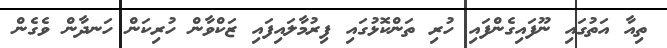
ތިއާ އަތުގައި ނޫފައިގެންފައި ހުރި ތަންކޮޅުގައި ފިރުމާލައިފައި ޒަކްވާން ހުރިކަން ހަނދާން ވެގެން